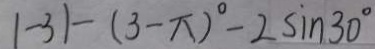
\vert - 3 \vert - ( 3 - \pi ) ^ { \circ } - 2 \sin 3 0 ^ { \circ }